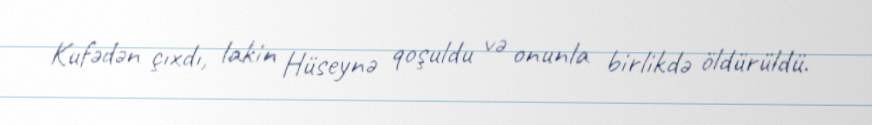
Kufədən çıxdı, lakin Hüseynə qoşuldu və onunla birlikdə öldürüldü.